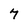
Character: 7